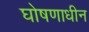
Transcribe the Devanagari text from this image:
घोषणाधीन